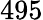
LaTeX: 495